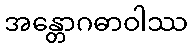
အန္တောဂဓာဝါဿ